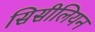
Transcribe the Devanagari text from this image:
सिसीलियन